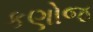
કણોજ